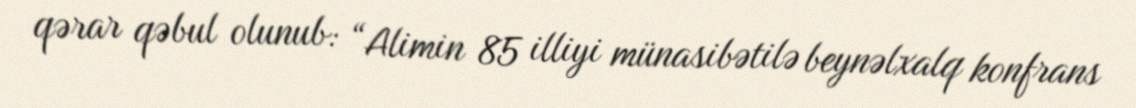
qərar qəbul olunub: “Alimin 85 illiyi münasibətilə beynəlxalq konfrans